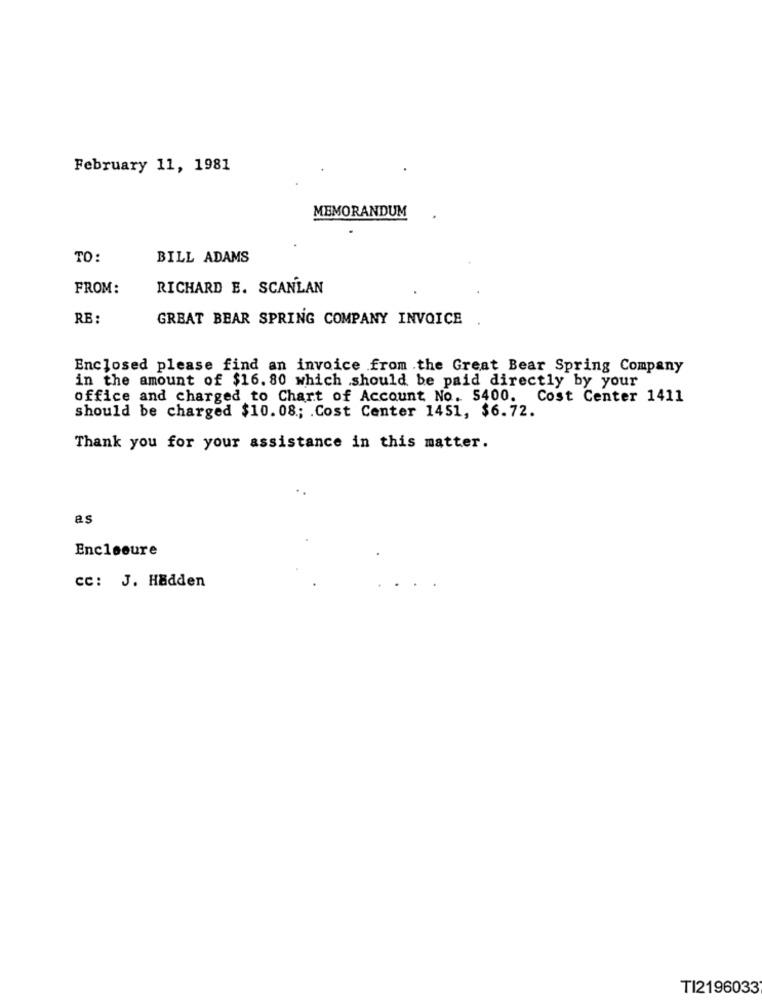
February 11, 1981
MEMORANDUM
TO:
BILL ADAMS
FROM:
RICHARD E. SCANLAN
RB:
GREAT BEAR SPRING COMPANY INVOICE
Enclosed please find an invoice from the Great Bear Spring Company
in the amount of $16. 80 which should be paid directly by your
office and charged to Chart of Account No. 5400. Cost Center 1411
should be charged $10.08 .; . Cost Center 1451, $6.72.
Thank you for your assistance in this matter.
es
Enclosure
CC: J. Hadden
TI2196033